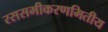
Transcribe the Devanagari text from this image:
रससमीकरणमितीय